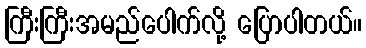
ကြီးကြီးအမည်ပေါက်လို့ ပြောပါတယ်။